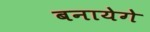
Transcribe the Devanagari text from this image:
बनायेगे